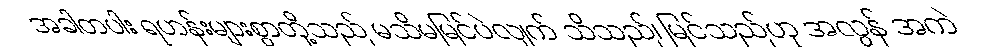
အခါတပါး ရဟန်းများစွာတို့သည် မသိမမြင်ပဲလျက် သိသည်၊ မြင်သည်ဟု အလွန် အကဲ